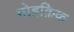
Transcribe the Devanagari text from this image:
मोहक़िक़